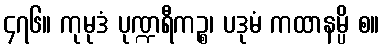
၄၇၆။ ကုမုဒံ ပုဏ္ဍရီကဉ္စ၊ ပဒုမံ ကထာနမ္ပိ စ။